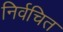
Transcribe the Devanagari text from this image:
निर्वचित